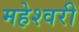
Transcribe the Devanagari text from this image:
महेश्‍वरी